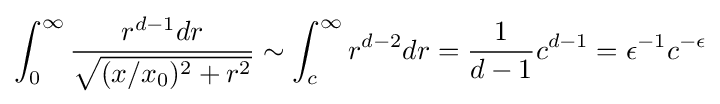
\int _{0}^{\infty }{\frac {r^{d-1}dr}{\sqrt {(x/x_{0})^{2}+r^{2}}}}\sim \int _{c}^{\infty }r^{d-2}dr={\frac {1}{d-1}}c^{d-1}=\epsilon ^{-1}c^{-\epsilon }